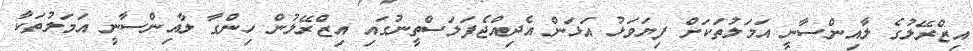
އިޒްރޭލުގެ ލާއިންސާނީ އަމަލުތަކަށް ފިޔަވަޅު އަޅަން އެދިއްޖެފަލަސްތީނުގައި އިޒްރޭލުން ހިންގާ ލާއިންސާނީ އަމަލުތަކާ